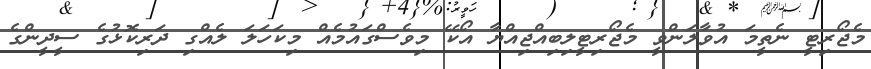
މެޖޯރިޓީ ނެތީމަ އުވާލަންވީ މެޖޯރިޓީލިބިއްޖިއްޔާ އޯކޭ މިވެސްގައުމެއް މިކަހަލަ ލެއްގި ދަރިކޮޅުގެ ސީދީންގެ